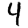
Digit: 4